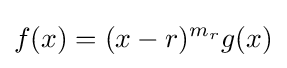
f(x)=(x-r)^{m_{r}}g(x)